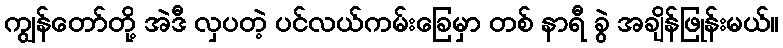
ကျွန်တော်တို့ အဲဒီ လှပတဲ့ ပင်လယ်ကမ်းခြေမှာ တစ် နာရီ ခွဲ အချိန်ဖြုန်းမယ်။